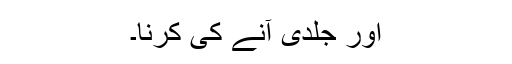
اور جلدی آنے کی کرنا۔